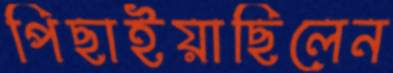
পিছাইয়াছিলেন